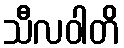
သီလဝါတိ